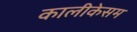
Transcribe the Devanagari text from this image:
कालीकेसम